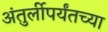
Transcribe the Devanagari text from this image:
अंतुर्लीपर्यंतच्या